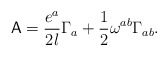
\begin{align*}{\sf A}=\frac{e^a}{2l} \Gamma_a+\frac{1}{2}\omega^{ab}\Gamma_{ab}.\end{align*}